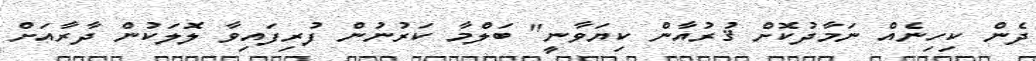
ދެން ކިހިނެއް ނަމާދުކޮށް ޤުރުއާން ކިޔަވާނީ" ބަލްމާ ކަރުނުން ފުރިފައިވާ ލޮލަކުން ދާރާއަށް